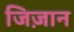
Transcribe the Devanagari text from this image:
जिज़ान